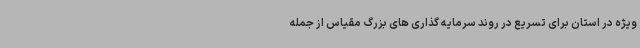
ویژه در استان برای تسریع در روند سرمایه گذاری های بزرگ مقیاس از جمله